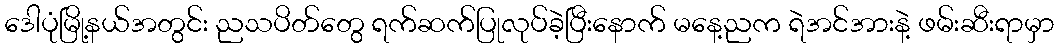
ဒေါပုံမြို့နယ်အတွင်း ညသပိတ်တွေ ရက်ဆက်ပြုလုပ်ခဲ့ပြီးနောက် မနေ့ညက ရဲအင်အားနဲ့ ဖမ်းဆီးရာမှာ